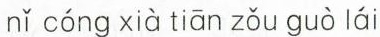
nǐ cóng xià tiān zǒu guò lái